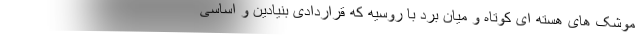
موشک های هسته ای کوتاه و میان برد با روسیه که قراردادی بنیادین و اساسی